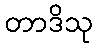
တာဒိသု